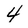
Character: 4